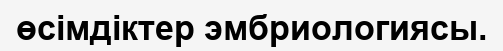
өсімдіктер эмбриологиясы.